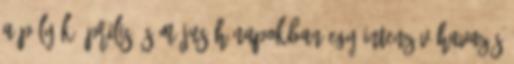
a pályák Április és Május hónapokban egy intenzív havazás